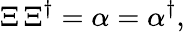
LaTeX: \Xi\, \Xi^{\dagger}=\alpha=\alpha^{\dagger},